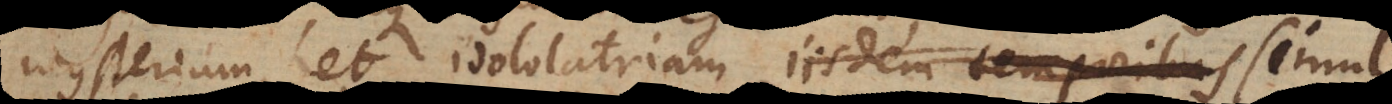
mysterium, et idololatriam iisdem temporibus simul